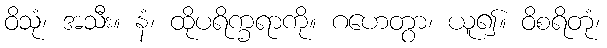
ဝိသုံ၊ အသီး။ နံ၊ ထိုပရိက္ခရာကို။ ဂဟေတွာ၊ ယူ၍။ ဝိစရိတုံ၊